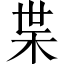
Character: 枼